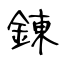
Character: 錬